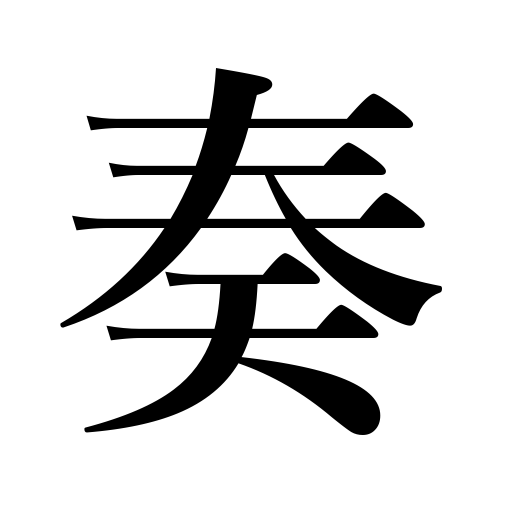
Meanings: play an instrument